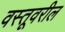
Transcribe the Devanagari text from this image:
वस्तूवरील